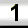
Digit: 1